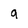
Character: a